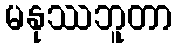
မနုဿဘူတာ